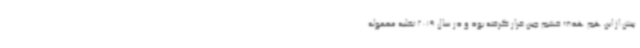
پیش از این هم هدف خشم چین قرار گرفته بود و در سال 2019 تخلیه محموله